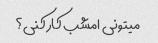
میتونی امشب کار کنی؟